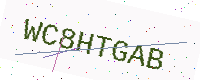
Text: WC8HTGAB